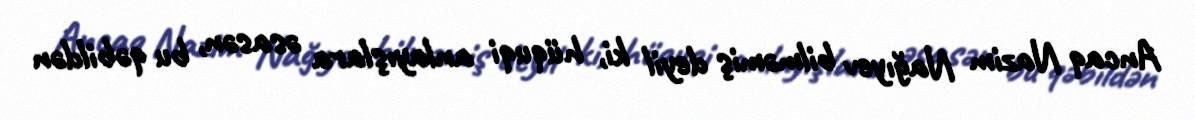
Ancaq Nazim Nağıyev bilməmiş deyil ki, hüquqi anlayışlara əsasən, bu qəbildən